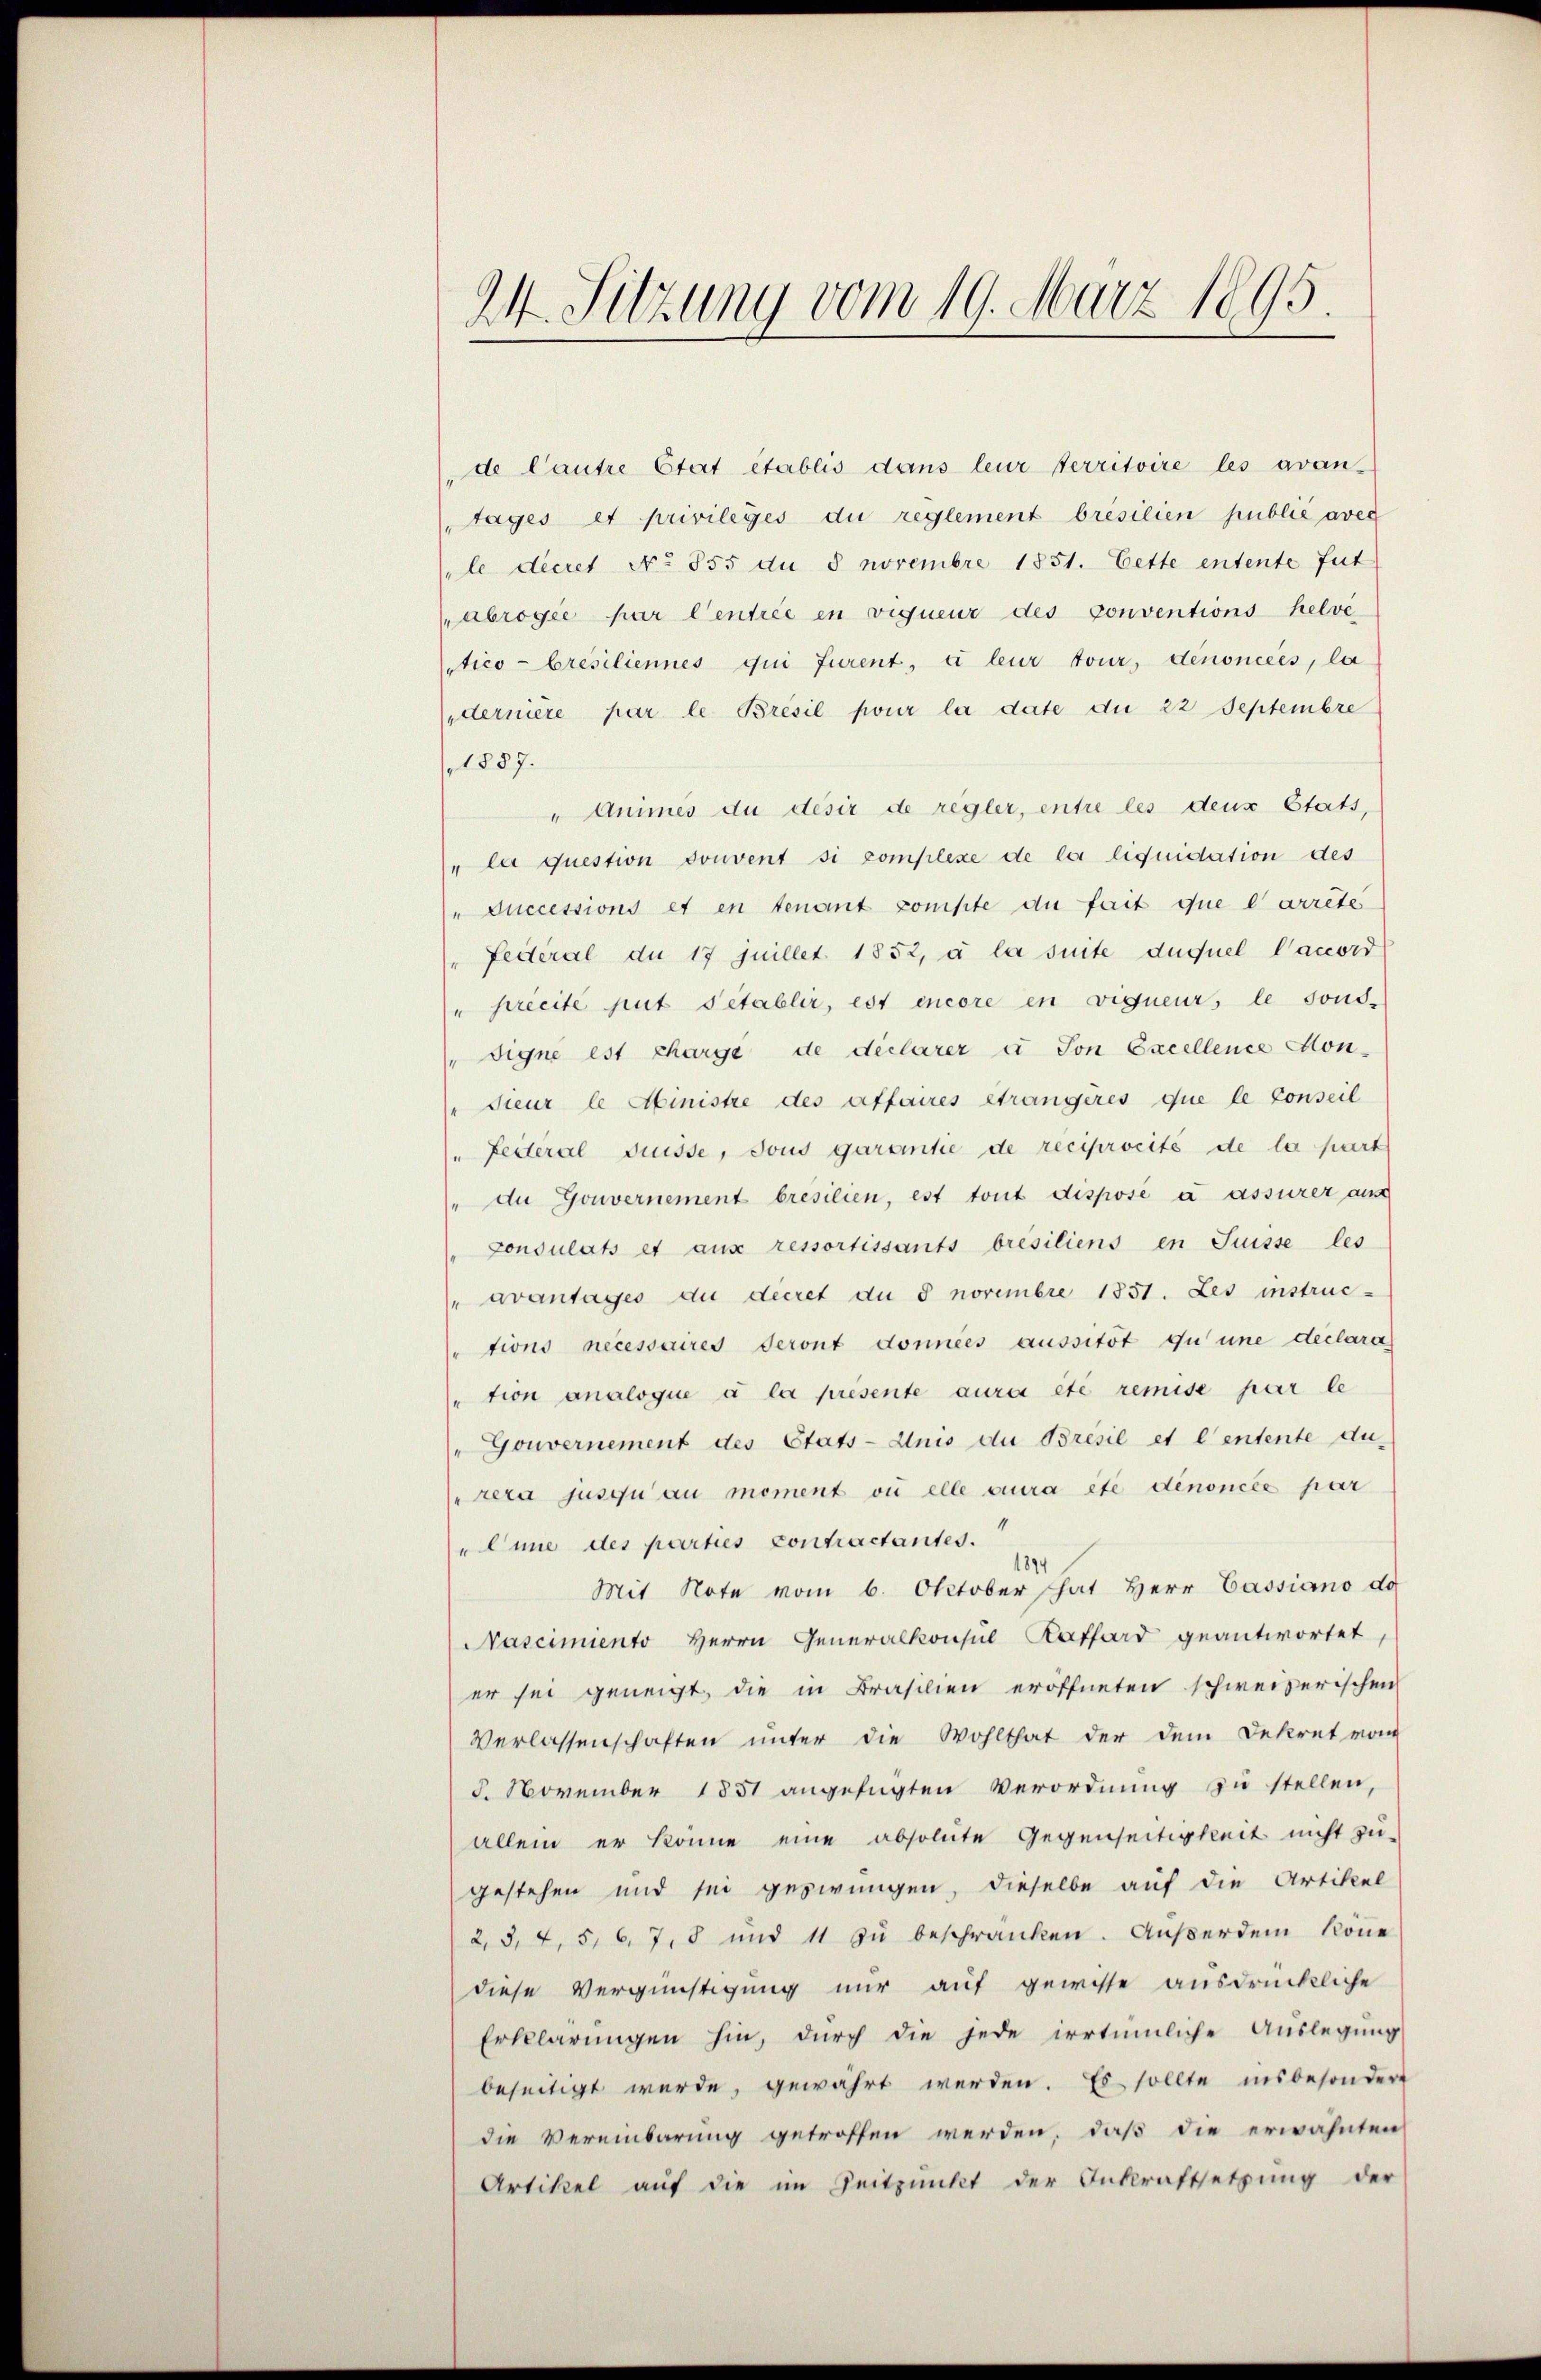
de Cautre Etat établis dans leur sterritoire les avan-
tages et privilèges du reglement bresilien publié avec
le decret No 855 du 8 Novembre 1851. Cette entente fut
abrogée par Centrée en vigneur des conventions helvetico - brésiliennes qui furent, à leur tour, denoncées, la
dernière par le Bresil pour la date die 22 Septembre
1887.
"Animes du désir de regler, entre les deux Etats,
" la question souvent si complexe de la liquidation des
"Successions et en tenant compte di fait que l’arrete
Federal du 17 juillet 1852, à la suite duquel Vaccord
" precité put s’établir, est encore en vigneur, le sond-
" Signe est charge de déclarer à son Excellence Hon¬
"Sieur le Ministre des affaires étrangères que le conseil
(" Federal Suisse, sous garantie de reciprocité de la part
" dn Gouvernement bresilien, est tout dispose à assurer aus
Consulats et aux ressortissants bresiliens en Suisse les
avantages du decret du § novembre 1851. Les instruc-
"tions necessaires Seront données aussitôt du une declara
tion analogue à la presente aura été remise par le
" Gouvernement des Etats-Anis die Bresie et l’entente du-
rera jusqu’au moment où elle aura été dénoncée par
Eine des parties contractantes.
1894
Mit Note vom 6. Oktober hat Herr Cassiano do
Nascimento Herrn Generalkonsul Kathard geantwortet,
er sei geneigt, die in Brasilien eröffneten schweizerischen
Verlassenschaften unter die Wohlthat der dem Dekret vom
8. November 1851 angefügten Verordnŭng zŭ stellen,
allein er könne eine absolute Gegenseitigkeit nicht zu-
gestehen und sei gesirungen, dieselbe auf die Artikel
2, 3, 4, 5, 6, 7, 8 und 11 zu beschranken. Außerden könne
diese Vergünstigung nur auf gewisse ausdrückliche
Erklärungen hin, durch die jede irrtümliche Auslegung
beseitigt werde, gewährt werden. Es sollte insbesondere
die Vereinbarung getroffen werden, daß die erwähnten
Artikel auf die im Zeitpunkt der Inkraftsetzŭng der

24. Sitzung vom 19. März 1895.